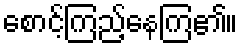
စောင့်ကြည့်နေကြ၏။